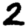
Digit: 2